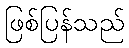
ဖြစ်ပြန်သည်